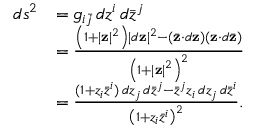
{ \begin{array} { r l } { d s ^ { 2 } } & { = g _ { i { \bar { j } } } \, d z ^ { i } \, d { \bar { z } } ^ { j } } \\ & { = { \frac { \left( 1 + | \mathbf { z } | { \vphantom { l } } ^ { 2 } \right) | d \mathbf { z } | ^ { 2 } - ( { \bar { \mathbf { z } } } \cdot d \mathbf { z } ) ( \mathbf { z } \cdot d { \bar { \mathbf { z } } } ) } { \left( 1 + | \mathbf { z } | { \vphantom { l } } ^ { 2 } \right) ^ { 2 } } } } \\ & { = { \frac { ( 1 + z _ { i } { \bar { z } } ^ { i } ) \, d z _ { j } \, d { \bar { z } } ^ { j } - { \bar { z } } ^ { j } z _ { i } \, d z _ { j } \, d { \bar { z } } ^ { i } } { \left( 1 + z _ { i } { \bar { z } } ^ { i } \right) ^ { 2 } } } . } \end{array} }